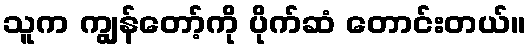
သူက ကျွန်တော့်ကို ပိုက်ဆံ တောင်းတယ်။